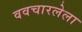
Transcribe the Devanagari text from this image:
ववचारलेला